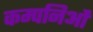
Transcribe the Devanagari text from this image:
कम्पनिओं